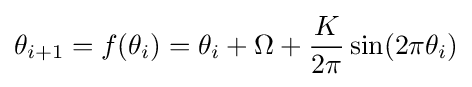
\theta _{i+1}=f(\theta _{i})=\theta _{i}+\Omega +{\frac {K}{2\pi }}\sin(2\pi \theta _{i})